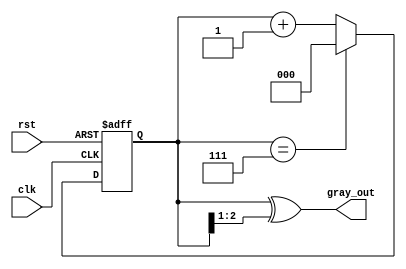
module gray_code_counter (
    input wire clk,      // Clock input
    input wire rst,      // Asynchronous reset
    output reg [2:0] gray_out // 3-bit Gray code output (adjust size as needed)
);

// Internal binary counter
reg [2:0] binary_counter; // 3-bit binary counter (adjust size as needed)

// Convert binary to Gray code
function [2:0] binary_to_gray;
    input [2:0] binary;
    begin
        binary_to_gray = binary ^ (binary >> 1);
    end
endfunction

// Sequential logic for counting
always @(posedge clk or posedge rst) begin
    if (rst) begin
        binary_counter <= 3'b000; // Reset binary counter to 0
    end else begin
        if (binary_counter == 3'b111) begin
            binary_counter <= 3'b000; // Wrap around
        end else begin
            binary_counter <= binary_counter + 1; // Increment binary counter
        end
    end
end

// Update Gray code output
always @(*) begin
    gray_out = binary_to_gray(binary_counter); // Convert binary to Gray code
end

endmodule